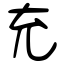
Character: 充